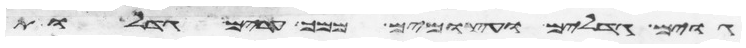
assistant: גוים גדלים ועצמים ממך ערים גדלות